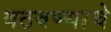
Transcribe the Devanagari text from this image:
वठवण्याचे